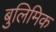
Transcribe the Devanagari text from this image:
बुलिमिक